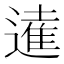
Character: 𨖫